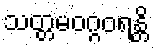
သတ္တမဝဂ္ဂဝရန္တိ